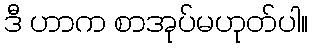
ဒီ ဟာက စာအုပ်မဟုတ်ပါ။